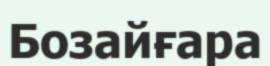
Бозайғара